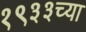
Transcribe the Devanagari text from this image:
१९३३च्या